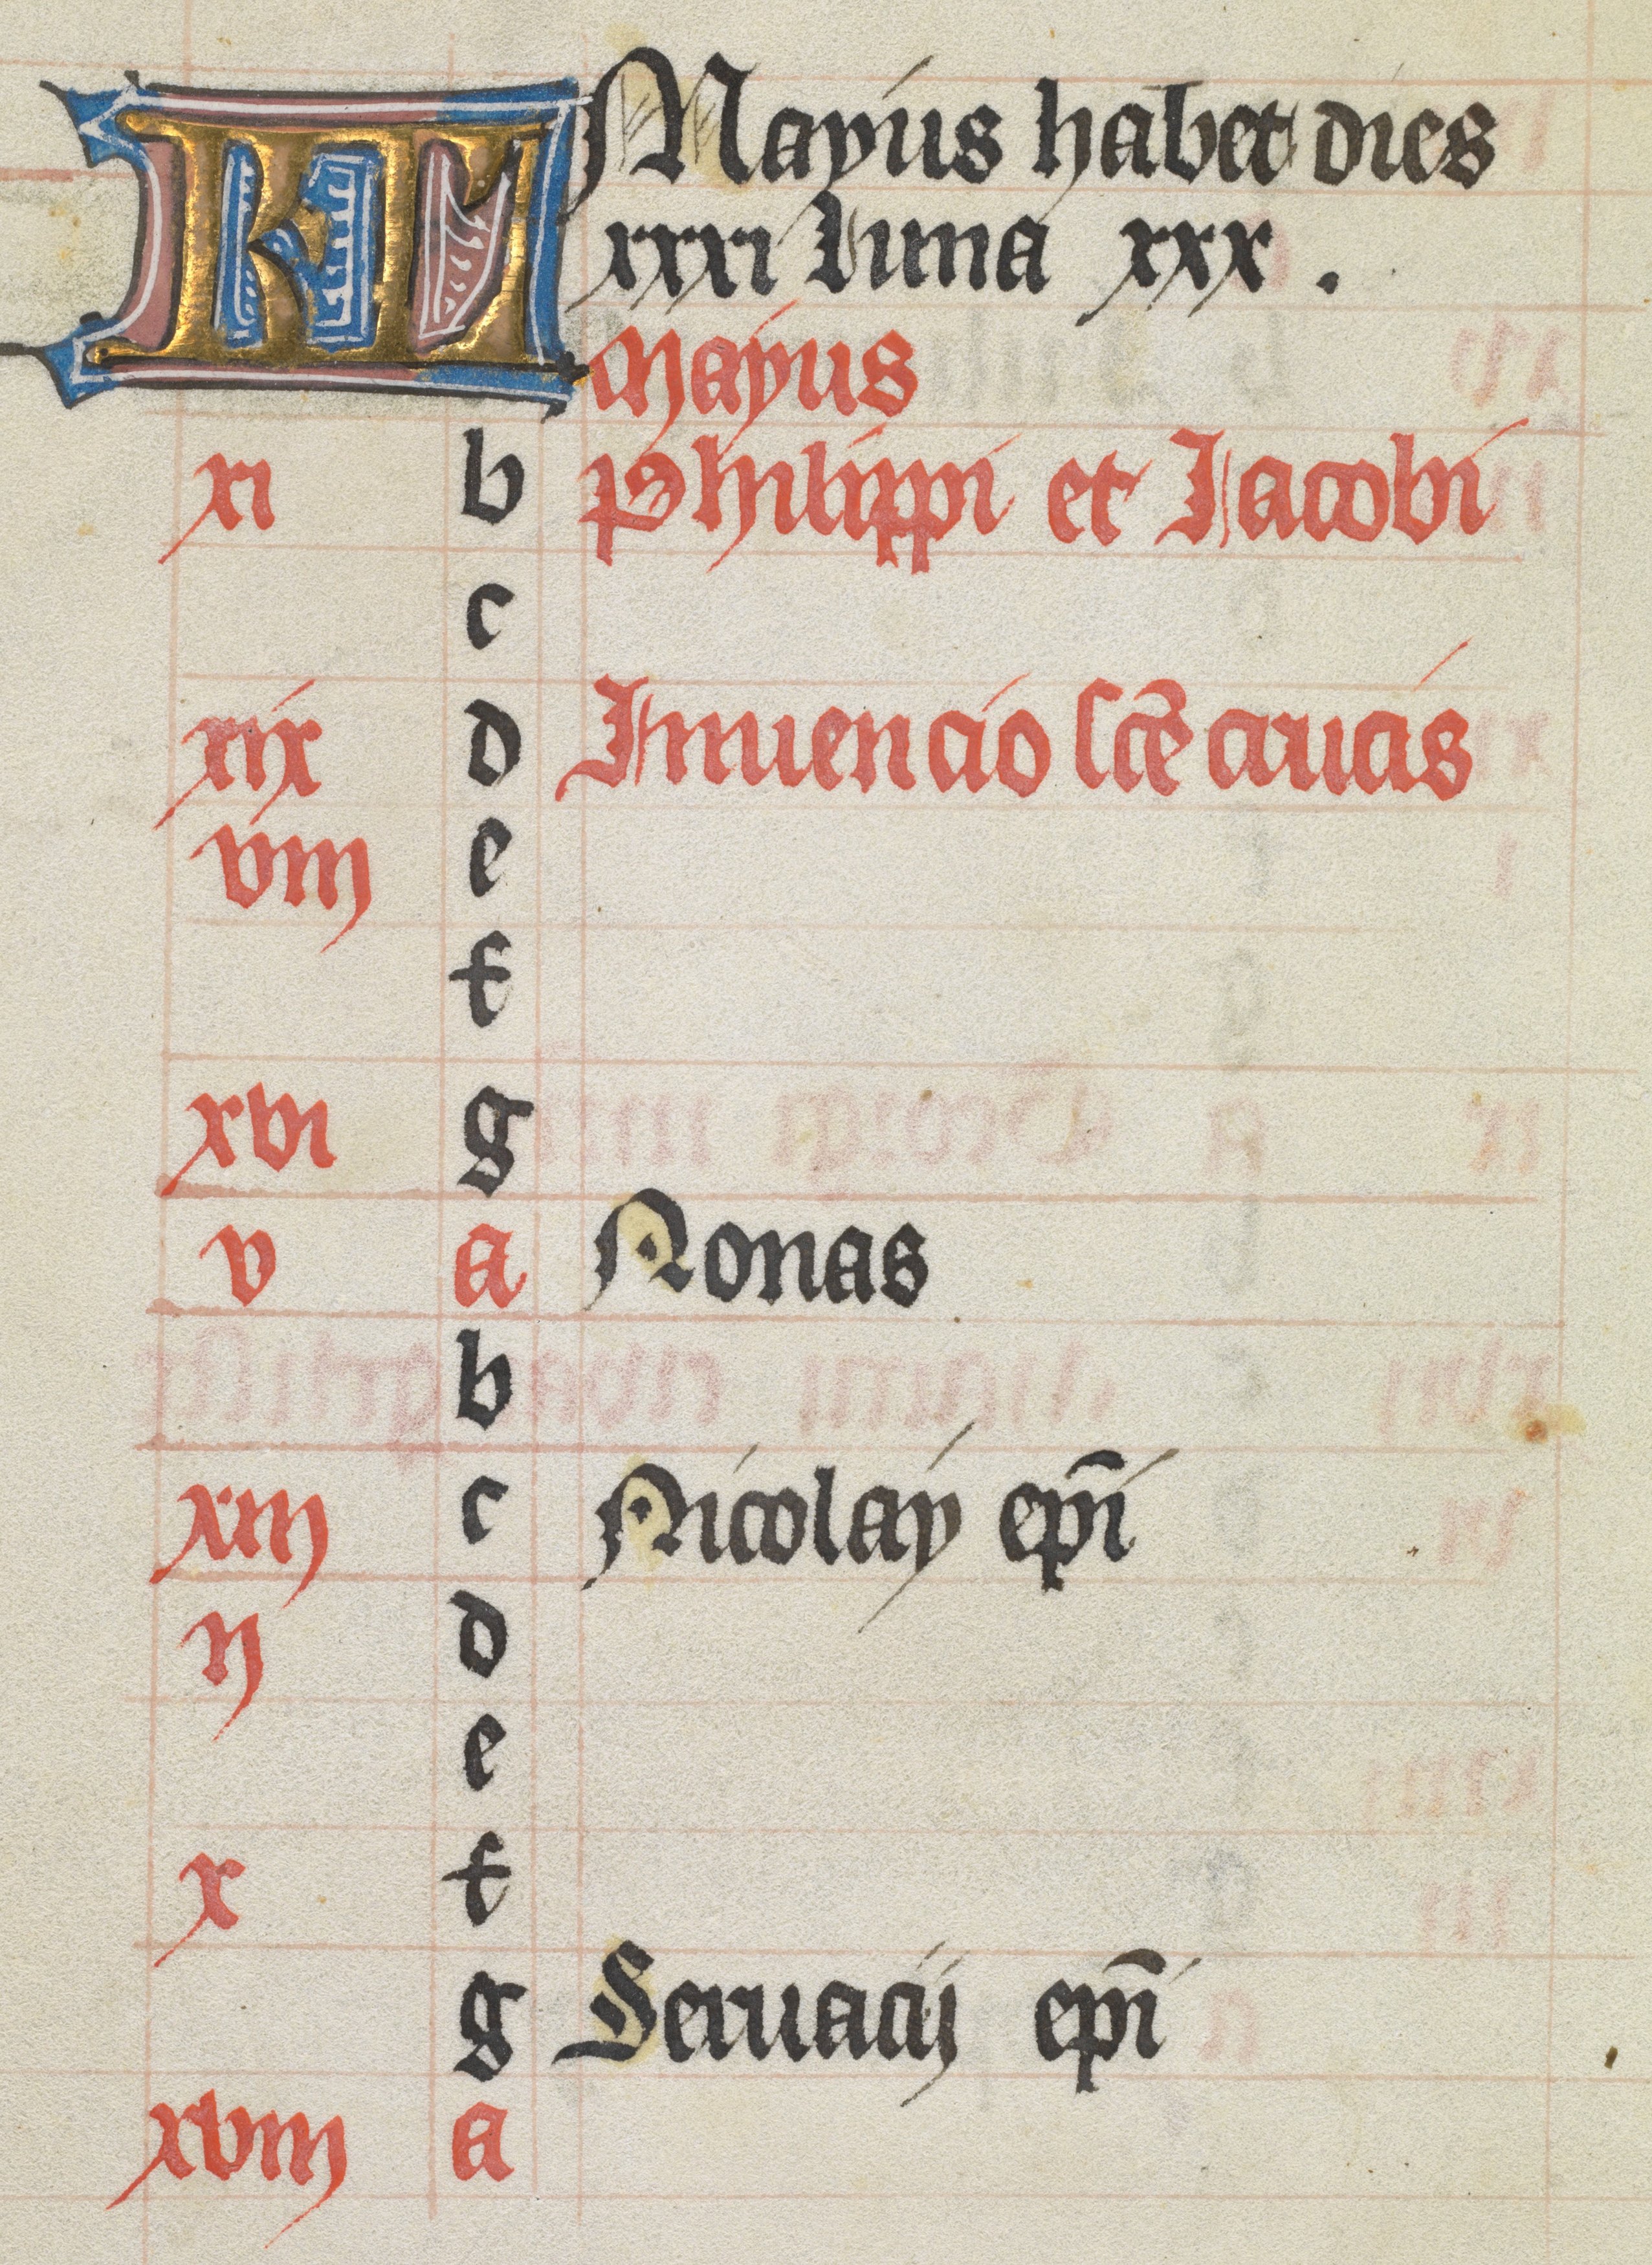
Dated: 1400–1499